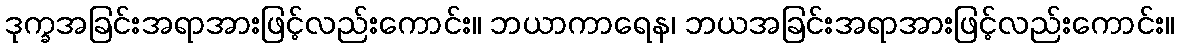
ဒုက္ခအခြင်းအရာအားဖြင့်လည်းကောင်း။ ဘယာကာရေန၊ ဘယအခြင်းအရာအားဖြင့်လည်းကောင်း။